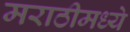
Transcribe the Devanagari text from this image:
मराठीमध्‍ये